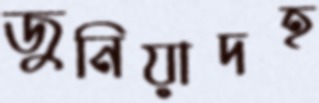
জুনিয়াদহ